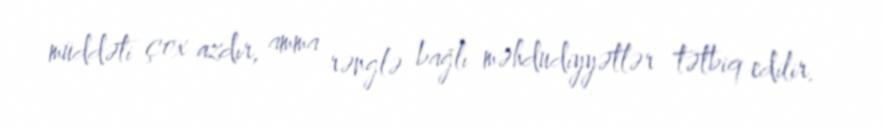
müddəti çox azdır, amma rənglə bağlı məhdudiyyətlər tətbiq edilir.